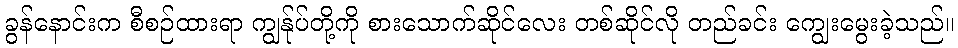
ခွန်နောင်းက စီစဉ်ထားရာ ကျွန်ုပ်တို့ကို စားသောက်ဆိုင်လေး တစ်ဆိုင်လို တည်ခင်း ကျွေးမွေးခဲ့သည်။